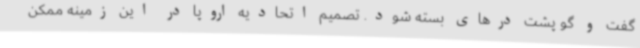
گفت و گو پشت درهای بسته شود. تصمیم اتحادیه اروپا در این زمینه ممکن